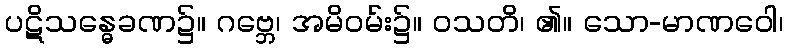
ပဋိသန္ဓေခဏ၌။ ဂဗ္ဘေ၊ အမိဝမ်း၌။ ဝသတိ၊ ၏။ သော-မာဏဝေါ၊